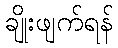
ချိုးဖျက်ရန်